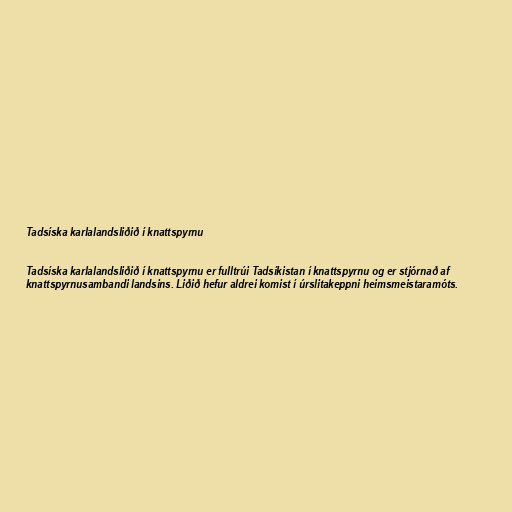
Tads­ísk­a karlalandsliðið í knattspyrnu

Tads­ísk­a karlalandsliðið í knattspyrnu er fulltrúi Tadsíkistan í knattspyrnu og er stjórnað af
knattspyrnusambandi landsins. Liðið hefur aldrei komist í úrslitakeppni heimsmeistaramóts.